Vaccination United Provinces of Agra and Oudh 1914-1922 - 1914-1922
Year: 1914
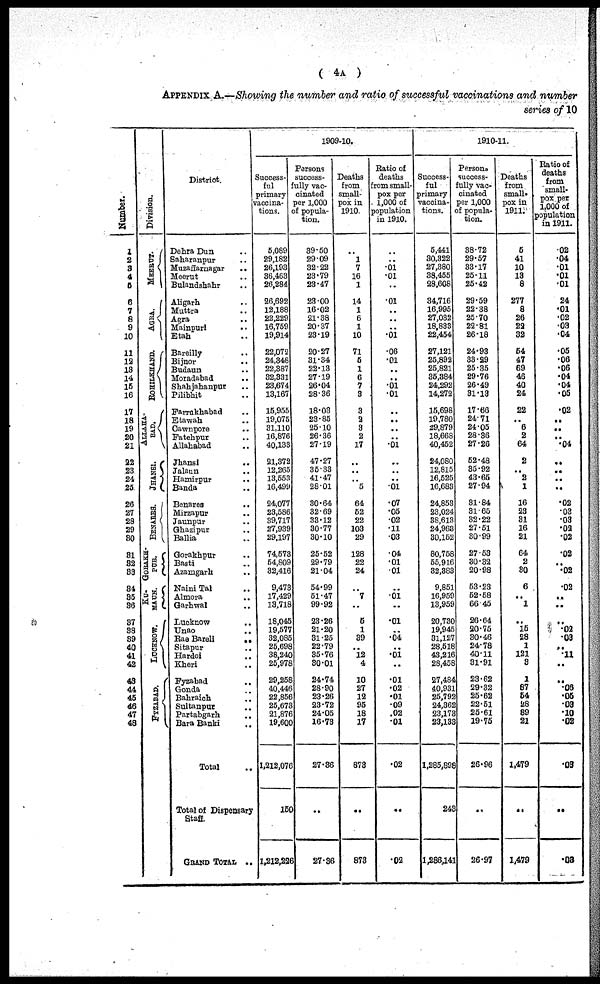
( 4A )
APPENDIX A.—Showing the number and ratio of successful vaccinations and number
series of 10
Number.
1
2
3
4
5
6
7
8
9
10
11
12
13
14
15
16
17
18
19
20
21
22
23
24
25
26
27
28
29
30
31
32
33
34
35
36
37
38
39
40
41
42
43
44
45
46
47
48
Division.
MEERUT.
AGRA.
ROHILKHAND.
ALLAHA-
BAD.
JHANSI.
BENARES.
GORAKH-
PUR.
KU-
MAUN.
LUCKNOW.
FIZABAD.
District.
Dehra Dun ..
Saharanpur ..
Muzaffarnagar ..
Meerut ..
Bulandshahr ..
Aligarh ..
Muttra ..
Agra ..
Mainpuri
..
Etah ..
Bareilly ..
Bijnor ..
Budaun ..
Moradabad ..
Shahjahanpur ..
Pilibhit ..
Farrukhabad ..
Etawah ..
Cawnpore ..
Fatehpur ..
Allahabad ..
Jhansi ..
Jalaun ..
Hamirpur ..
Banda ..
Benares ..
Mirzapur ..
Jaunpur ..
Ghazipur ..
Ballia ..
Gorakhpur ..
Basti ..
Azamgarh ..
Naini Tal ..
Almora
..
Garhwal ..
Lucknow
..
Unao ..
Rae Bareli
..
Sitapur
..
Hardoi ..
Kheri ..
Fyzabad ..
Gonda ..
Bahraich ..
Sultanpur ..
Partabgarh ..
Bara Banki ..
Total ..
Total of Dispensary
Staff.
GRAND TOTAL ..
1909-10.
Success-
ful
primary
vaccina-
tions.
5,089
29,182
26,193
36,463
26,284
26,692
12,188
22,229
16,759
19,914
22,072
24,348
22,387
32,231
23,674
13,167
15,955
19,075
31,110
16,876
40,133
21,372
12,265
13,553
16,499
24,077
23,586
39,717
27,939
29,197
74,578
54,809
32,416
9,473
17,429
13,718
18,045
19,577
32,085
25,698
38,240
25,978
29,258
40,446
22,856
25,673
21,876
19,600
1,212,076
150
1,212,226
Persons
success-
fully vac-
cinated
per 1,000
of popula-
tion.
39.50
29.09
32.22
23.79
23.47
23.00
16.02
21.38
20.37
23.19
20.27
31.34
22.13
27.19
26.04
28.36
18.03
23.85
25.10
26.36
27.19
47.27
35.33
41.47
28.01
30.64
32.69
33.12
30.77
30.10
25.52
29.79
21.04
54.99
51.47
99.92
23.26
21.20
31.25
22.79
35.76
30.01
24.74
28.90
23.26
23.72
24.05
16.73
27.36
..
27.36
Deaths
from
small-
pox in
1910.
..
1
7
16
1
14
1
6
1
10
71
5
1
6
7
3
3
2
3
2
17
..
..
..
5
64
52
22
103
29
128
22
24
..
7
..
5
1
39
..
12
4
10
27
12
95
18
17
873
..
873
Ratio of
deaths
from small-
pox per
1,000 of
population
in 1910.
.,
.01
.01
..
.01
..
..
, ,
.01
.06
.01
. .
..
.01
.01
..
. »
..
. ,
.01
. .
..
.01
.07
.05
.02
.11
.03
.04
.01
01
..
.01
..
.01
..
.04
..
.01
. .
.01
.02
.01
.09
.02
.01
.02
..
.02
1910-11.
Success-
ful
primary
vaccina-
tions.
5,441
30,322
27,380
38,455
28,608
34,716
16,995
27,032
18,833
22,454
27,121
25,892
25,821
35,384
24,292
14,272
15,698
19,780
29,879
18,668
40,452
24,080
12,815
16,525
16,683
24,853
23,024
38,613
24,963
30,162
80,758
55,916
32,383
9,851
16,959
13,959
20,780
19,945
31,127
28,518
43,216
28,458
27,484
40,931
25,792
24,362
23,173
23,133
1,285,898
243
1,286,141
Persona
success-
fully vac-
cinated
per 1,000
of popula-
tion.
38.72
29.57
33.17
25.11
25.42
29.59
22.38
25.70
22.81
26.18
24.98
23.29
25.35
29.76
26.49
31.19
17.66
24.71
24.05
28.36
27.26
52.48
35.92
43.65
27.94
31.84
31.65
32.22
27.51
30.99
27.53
30.32
20.98
53.23
52.58
66.45
26.64
20.75
30.46
24.78
40.11
31.91
23.62
29.32
25.62
22.51
25.61
19.75
26.96
..
26.97
Deaths
from
small-
pox in
1911.
5
41
10
13
8
277
8
26
22
32
54
47
69
46
40
24
22
..
6
2
64
2
..
2
1
16
23
31
16
21
64
2
30
6
..
1
..
15
28
1
121
3
1
87
54
28
89
21
1,479
..
1,479
Ratio of
deaths
from
small-
pox per
1,000 of
population
in 1911.
.02
.04
.01
.01
.01
24
.01
.02
.09
.04
.05
.06
.06
.04
.04
.05
.02
..
..
..
.04
..
..
..
..
.02
.03
.03
.02
.02
.02
..
.02
.02
..
..
..
.02
.03
..
.11
..
..
.06
.05
.03
.10
.02
.03
..
.03